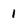
Character: 1